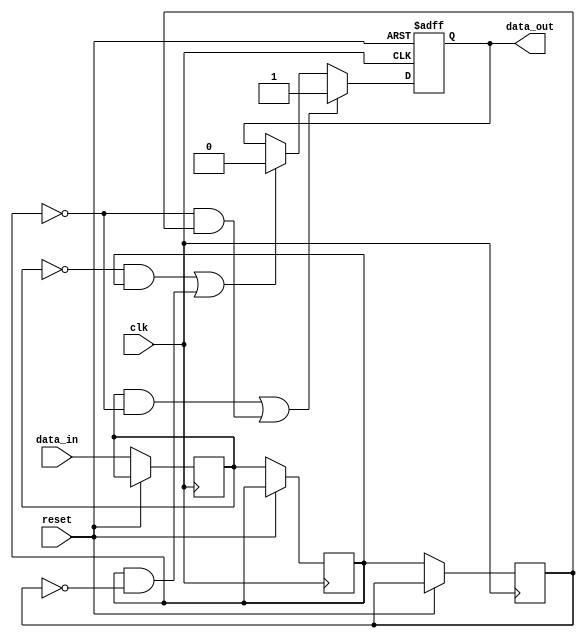
module Schmitt_trigger_inverter(
    input wire clk,
    input wire reset,
    input wire data_in,
    output reg data_out
);

reg reg1, reg2, reg3;

always @ (posedge clk or posedge reset)
begin
    if (reset)
        data_out <= 1'b0;
    else
    begin
        reg1 <= data_in;
        reg2 <= reg1;
        reg3 <= reg2;
        
        if ((reg1 && !reg2) || (!reg2 && reg3))
            data_out <= 1'b1;
        else if ((!reg1 && reg2) || (reg2 && !reg3))
            data_out <= 1'b0;
    end
end

endmodule